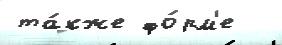
та́кже фо́рм'е